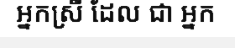
អ្នកស្រី ដែល ជា អ្នក